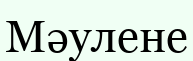
Мәулене